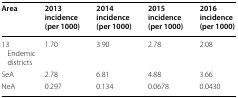
<table><thead><tr><td><b>Area</b></td><td><b>2013 incidence (per 1000)</b></td><td><b>2014 incidence (per 1000)</b></td><td><b>2015 incidence (per 1000)</b></td><td><b>2016 incidence (per 1000)</b></td></tr></thead><tbody><tr><td>13 Endemic districts</td><td>1.70</td><td>3.90</td><td>2.78</td><td>2.08</td></tr><tr><td>SeA</td><td>2.78</td><td>6.81</td><td>4.88</td><td>3.66</td></tr><tr><td>NeA</td><td>0.297</td><td>0.134</td><td>0.0678</td><td>0.0430</td></tr></tbody></table>